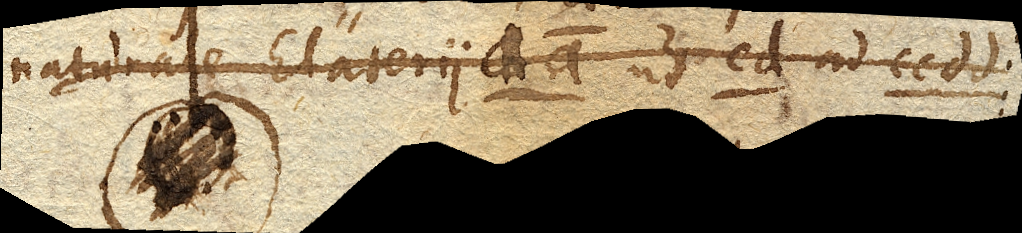
naturale Elateriiaa. ut cd. ad cc dd.